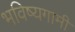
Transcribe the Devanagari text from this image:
भविष्यगामी